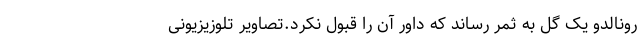
رونالدو یک گل به ثمر رساند که داور آن را قبول نکرد.تصاویر تلوزیزیونی